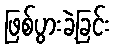
ဖြစ်ပွားခဲ့ခြင်း